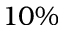
1 0 \%